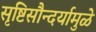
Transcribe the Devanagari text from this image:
सृष्टिसौन्दर्यामुळे